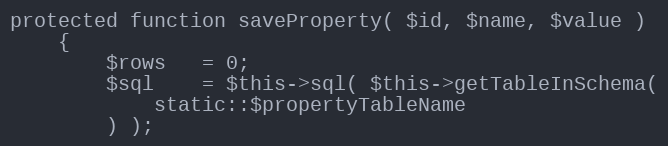
Language: PHP
protected function saveProperty( $id, $name, $value )
    {
        $rows   = 0;
        $sql    = $this->sql( $this->getTableInSchema(
            static::$propertyTableName
        ) );